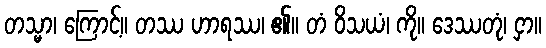
တသ္မာ၊ ကြောင့်။ တဿ ဟာရဿ၊ ၏။ တံ ဝိသယံ၊ ကို။ ဒေဿတုံ၊ ငှာ။